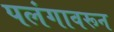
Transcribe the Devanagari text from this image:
पलंगावरून